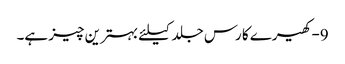
9-کھیرے کا رس جلد کیلئے بہترین چیز ہے۔